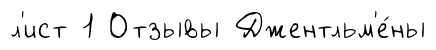
л'ист 1 Отзывы Джентльм'е́ны